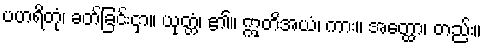
ပဟရိတုံ၊ ခတ်ခြင်းငှာ။ ယုတ္တံ၊ ၏။ ဣတိအယံ၊ ကား။ အတ္ထော၊ တည်း။